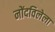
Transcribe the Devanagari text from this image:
नोंदविलेला